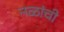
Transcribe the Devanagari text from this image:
नळांची